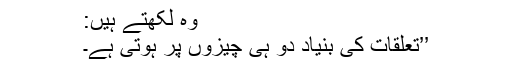
وہ لکھتے ہیں:
’’تعلقات کی بنیاد دو ہی چیزوں پر ہوتی ہے۔